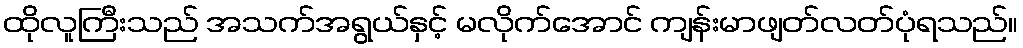
ထိုလူကြီးသည် အသက်အရွယ်နှင့် မလိုက်အောင် ကျန်းမာဖျတ်လတ်ပုံရသည်။